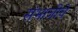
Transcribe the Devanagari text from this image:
संभाजीचे